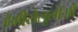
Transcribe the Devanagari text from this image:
हेमीसेलूलोजों